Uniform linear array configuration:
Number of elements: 8
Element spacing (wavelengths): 1
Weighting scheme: binomial
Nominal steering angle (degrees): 45
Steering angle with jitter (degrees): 43.209
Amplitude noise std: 0.05
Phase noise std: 0.05

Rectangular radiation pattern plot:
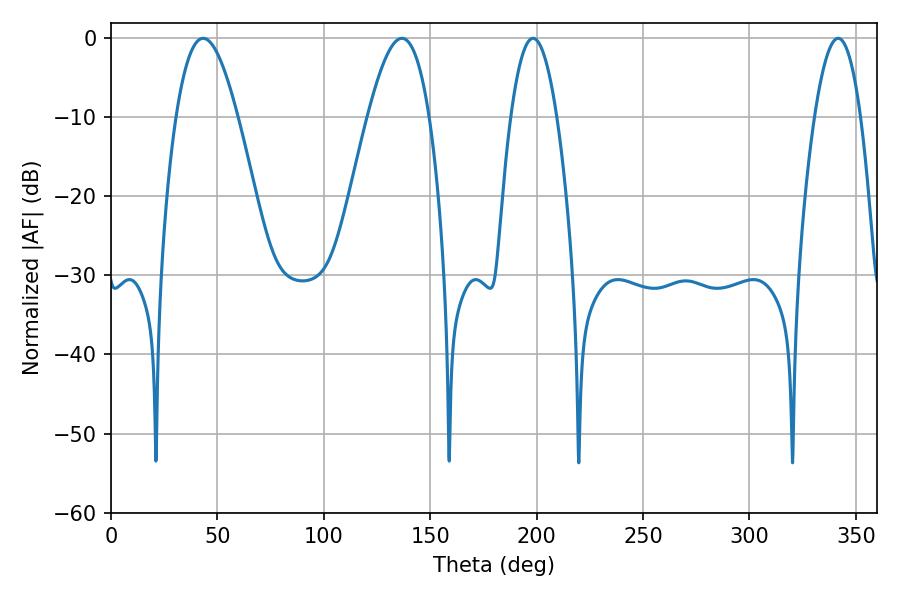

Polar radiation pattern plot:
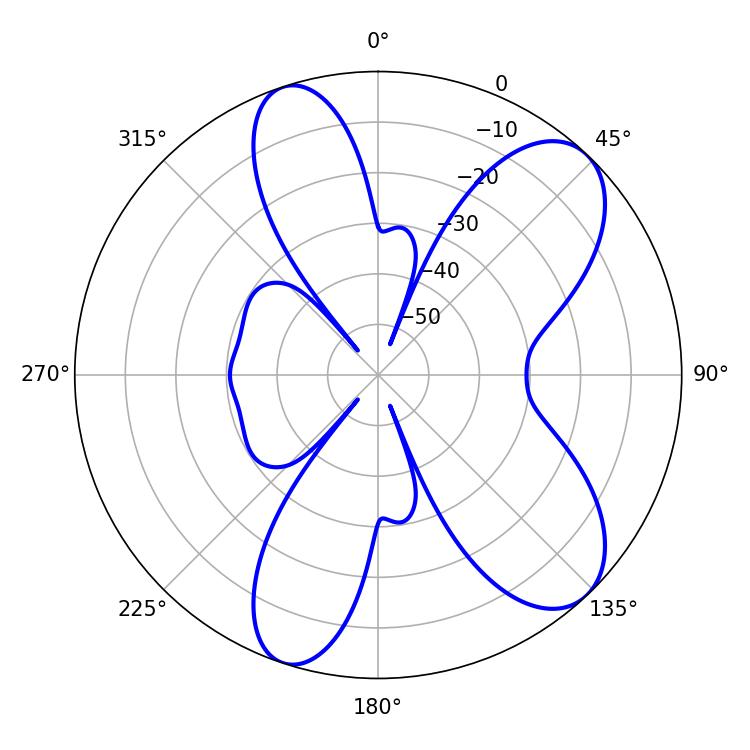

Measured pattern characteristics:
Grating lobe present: TRUE
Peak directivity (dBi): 8.661
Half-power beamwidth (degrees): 11.88
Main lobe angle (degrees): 198.36